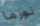
نورما